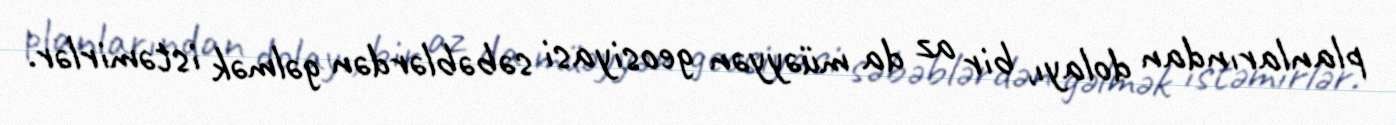
planlarından dolayı, bir az da müəyyən geosiyasi səbəblərdən gəlmək istəmirlər.